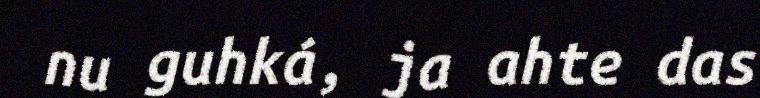
nu guhká, ja ahte das